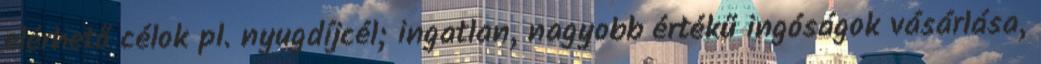
elérhető célok pl. nyugdíjcél; ingatlan, nagyobb értékű ingóságok vásárlása,